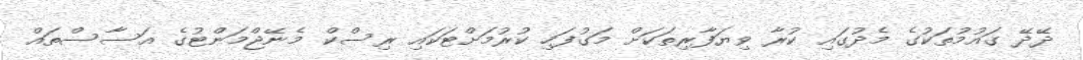
ދޭދޭ ގައުމުތަކުގެ މެދުގައި ކުރާ ވިޔަފާރިތަކަށް މަގުފަހި ކުރުމަށްޓަކައި ރިސްކް މެނޭޖްމަންޓުގެ އަސާސްތައް